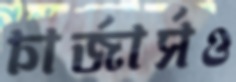
চার্জার্সও